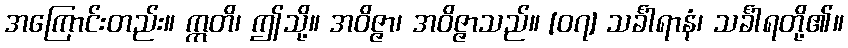
အကြောင်းတည်း။ ဣတိ၊ ဤသို့။ အဝိဇ္ဇာ၊ အဝိဇ္ဇာသည်။ [၀၇] သင်္ခါရာနံ၊ သင်္ခါရတို့၏။